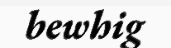
bewhig